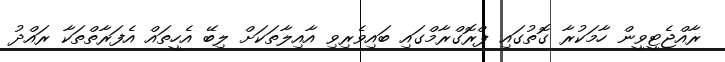
ރާއްޖެޓީވީން ހާމަކުރާ ގޮތުގައި ޕްރޮގްރާމްގައި ބައިވެރިވި އާއިލާތަކަށް ލިބޭ އެހީތައް އެފަރާތްތަކާ ރައްދު